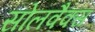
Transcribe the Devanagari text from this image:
सोलवैक्स